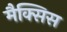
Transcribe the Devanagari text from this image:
मैक्सिस